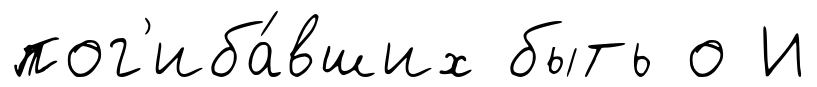
пог'иба́вших быть о И